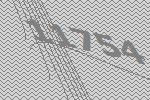
11754